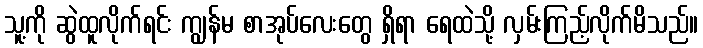
သူ့ကို ဆွဲထူလိုက်ရင်း ကျွန်မ စာအုပ်လေးတွေ ရှိရာ ရေထဲသို့ လှမ်းကြည့်လိုက်မိသည်။